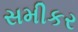
સમીકર